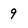
Character: 9